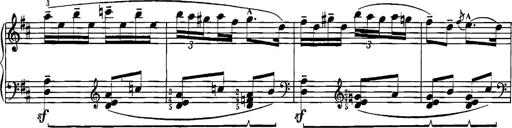
Title: Sonatina for Piano
Composer: BÃ©la BartÃ³k